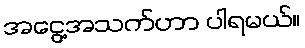
အငွေ့အသက်ဟာ ပါရမယ်။